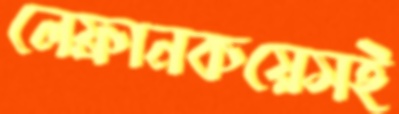
লেফ্রানকয়েসই